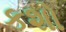
કશો